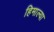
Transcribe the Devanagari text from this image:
हिमाल्या